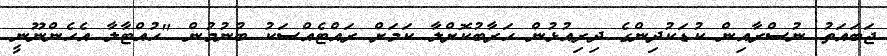
ޖަބައަތު ނުސްރާއިން ކުޑަކުދިންގެ ދިރިއުޅުން ހަރާބުކޮށްލާ ކަމަށް ރައްޓެއްސަކު ބުނުމުން "ހުއްޓާލާ އެހެންނޫނީ